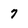
Character: 7